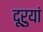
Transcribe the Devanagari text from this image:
दूरुयां